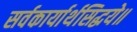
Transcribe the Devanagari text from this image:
सर्वकार्यार्थसिद्धये॥